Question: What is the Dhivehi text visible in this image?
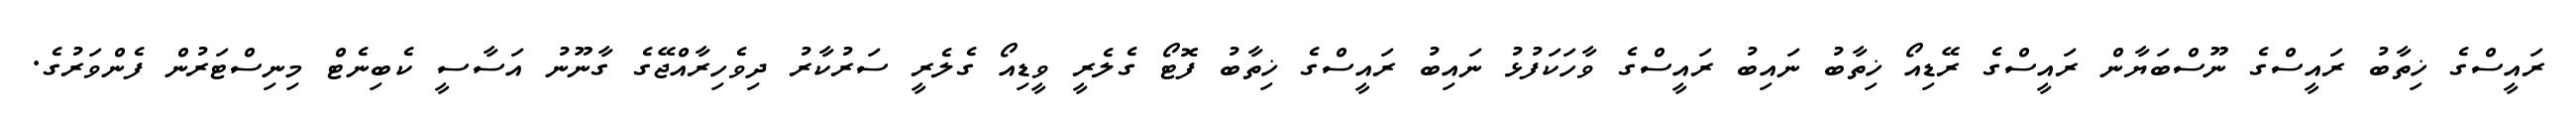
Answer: ރައީސްގެ ޚިތާބު ރައީސްގެ ނޫސްބަޔާން ރައީސްގެ ރޭޑިއޯ ޚިތާބު ނައިބު ރައީސްގެ ވާހަކަފުޅު ނައިބު ރައީސްގެ ޚިތާބު ފޮޓޯ ގެލެރީ ވީޑިއޯ ގެލެރީ ސަރުކާރު ދިވެހިރާއްޖޭގެ ގާނޫނު އަސާސީ ކެބިނެޓް މިނިސްޓަރުން ފެންވަރުގެ.